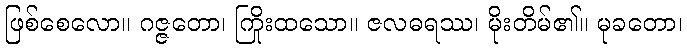
ဖြစ်စေလော။ ဂဇ္ဇတော၊ ကြိုးထသော။ ဇလဓရဿ၊ မိုးတိမ်၏။ မုခတော၊